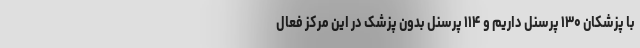
با پزشکان ۱۳۰ پرسنل داریم و ۱۱۴ پرسنل بدون پزشک در این مرکز فعال